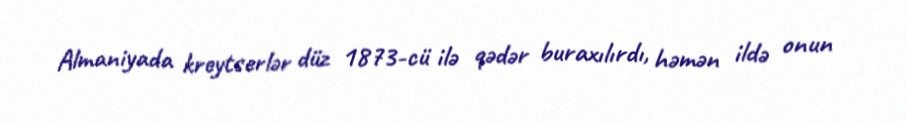
Almaniyada kreytserlər düz 1873-cü ilə qədər buraxılırdı, həmən ildə onun